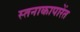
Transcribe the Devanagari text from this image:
स्तनाकापारेंत